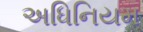
અધિનિયમ